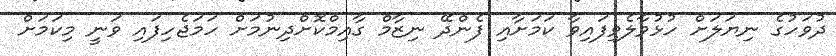
ދުވަހުގެ ނިޔަލަށް ހުޅުވާލެވިފައިވާ ކަމަށާއި ފެންދޭ ނިޒާމް ގާއިމްކޮށްދިނުމަށް ހަމަޖެހިފައި ވަނީ މިކަމަށް